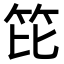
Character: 笓